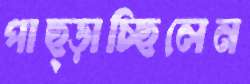
পাছ্‌ড়াচ্ছিলেন